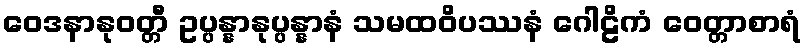
ဝေဒနာနုဝတ္တီ ဥပ္ပန္နာနုပ္ပန္နာနံ သမထဝိပဿနံ ဂေါဠိကံ ဝေတ္တာစာရံ